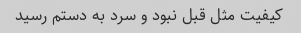
کیفیت مثل قبل نبود و سرد به دستم رسید